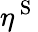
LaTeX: \eta^{\mathrm{~S~}}